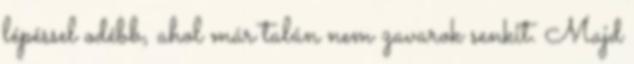
lépéssel odébb, ahol már talán nem zavarok senkit. Majd